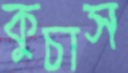
কুচাস